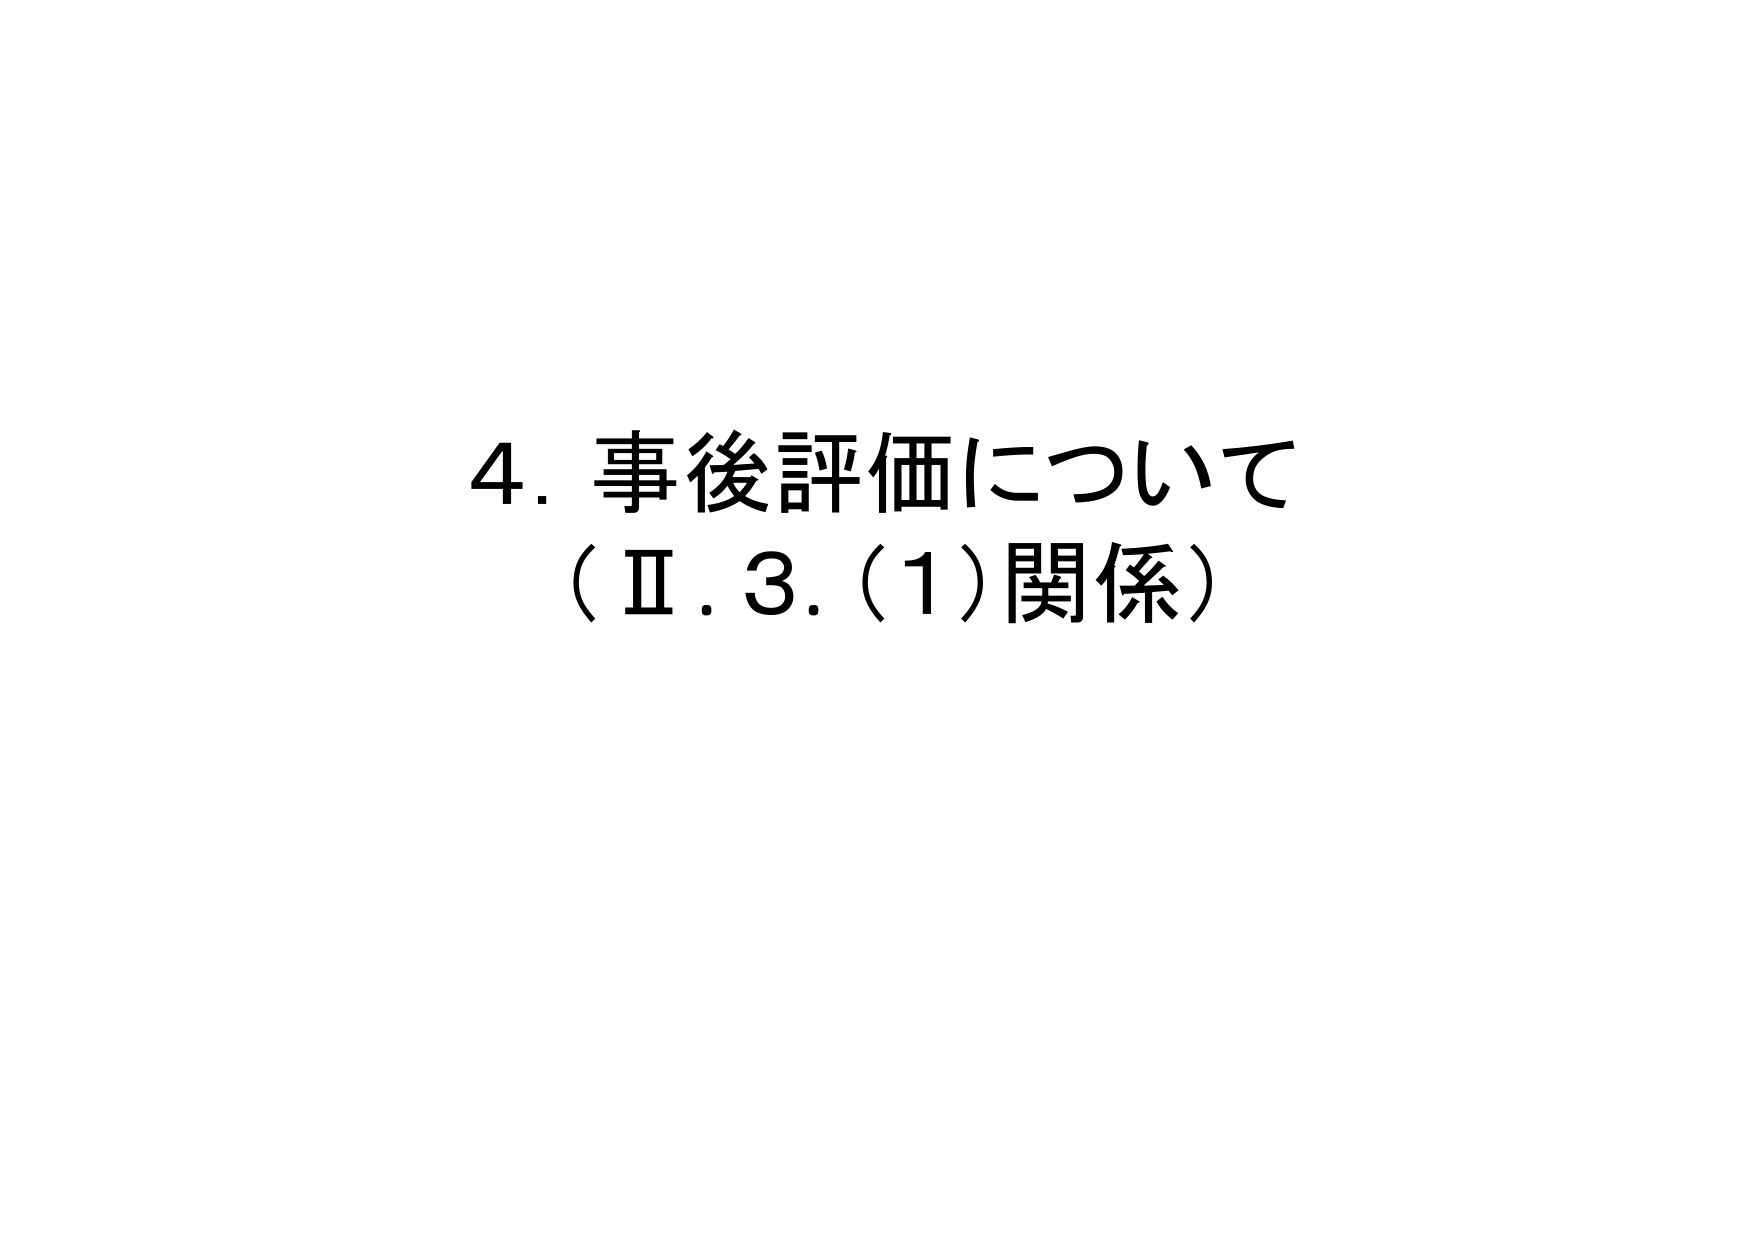
4. 事後評価について
（Ⅱ.3.(1)関係）